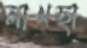
লাখছা